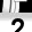
Digit: 2